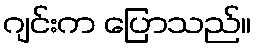
ဂျင်းက ပြောသည်။